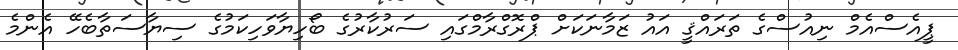
ޕީއެސްއެމް ނިއުސްގެ ތަރައްޤީ އައު ޒަމާނަކަށް ޕްރޮގްރާމްގައި ސަރުކާރުގެ ބޯހިޔާވަހިކަމުގެ ސިޔާސަތާބެހޭ އެންމެ